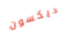
ديكسون